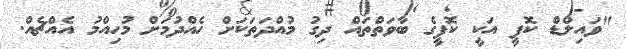
"ވައިލްޑް ކޮފީ އަކީ ކޮފީގެ ބާވަތްތައް ދިގު މުއްދަތަކަށް ހެއްދުމަށް މުހިއްމު އެއްޗެއް.